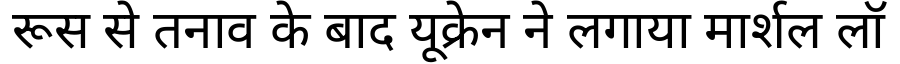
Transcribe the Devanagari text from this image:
रूस से तनाव के बाद यूक्रेन ने लगाया मार्शल लॉ